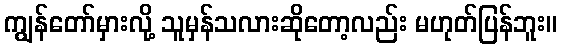
ကျွန်တော်မှားလို့ သူမှန်သလားဆိုတော့လည်း မဟုတ်ပြန်ဘူး။